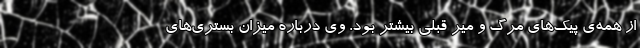
از همه‌ی پیک‌های مرگ و میر قبلی بیشتر بود. وی درباره میزان بستری‌های